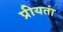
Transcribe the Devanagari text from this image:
प्रीयतां